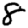
Digit: 8